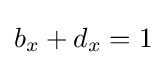
b_{x}+d_{x}=1\,\!